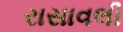
રાસાવલી